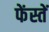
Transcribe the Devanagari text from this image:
फेंस्तें